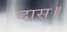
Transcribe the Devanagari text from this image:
दास॥